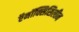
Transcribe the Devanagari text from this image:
ऍमॉक्सिसिलीन